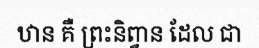
ឋាន គឺ ព្រះនិព្វាន ដែល ជា